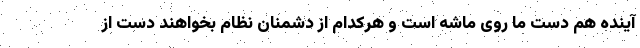
آینده هم دست ما روی ماشه است و هرکدام از دشمنان نظام بخواهند دست از